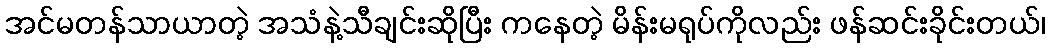
အင်မတန်သာယာတဲ့ အသံနဲ့သီချင်းဆိုပြီး ကနေတဲ့ မိန်းမရုပ်ကိုလည်း ဖန်ဆင်းခိုင်းတယ်၊